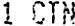
1 CTN